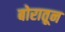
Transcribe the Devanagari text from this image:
बोरातून